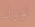
لووك